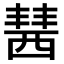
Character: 𧟷